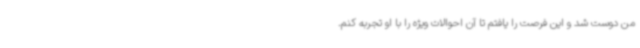
من دوست شد و این فرصت را یافتم تا آن احوالات ویژه را با او تجربه کنم.